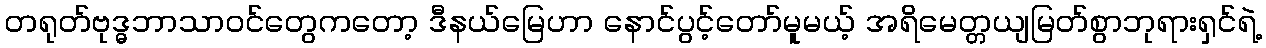
တရုတ်ဗုဒ္ဓဘာသာဝင်တွေကတော့ ဒီနယ်မြေဟာ နောင်ပွင့်တော်မူမယ့် အရိမေတ္တယျမြတ်စွာဘုရားရှင်ရဲ့